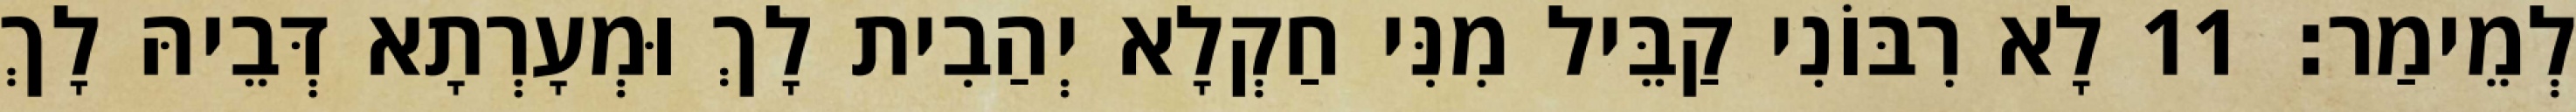
לְמֵימַר׃ 11 לָא רִבּוֹנִי קַבֵּיל מִנִּי חַקְלָא יְהַבִית לָךְ וּמְעָרְתָא דְּבֵיהּ לָךְ